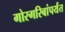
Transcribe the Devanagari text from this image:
गोरगरिबांपर्यंत